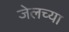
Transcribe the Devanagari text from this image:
जेलच्या